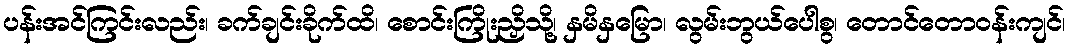
ပန်းအင်ကြင်းလည်း၊ ခက်ချင်းခိုက်ထိ၊ စောင်းကြိုးညှိသို့၊ နှမိနှမြော၊ လွမ်းဘွယ်ပေါစွ၊ တောင်တောဝန်းကျင်၊